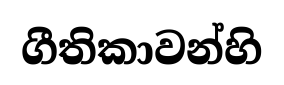
ගීතිකාවන්හි